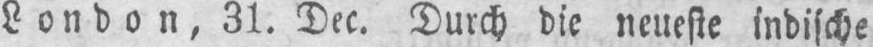
London, 31. Dec. Durch die neueste indische